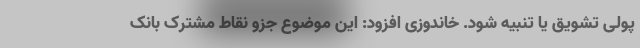
پولی تشویق یا تنبیه شود. خاندوزی افزود: این موضوع جزو نقاط مشترک بانک